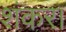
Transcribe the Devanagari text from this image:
शंकर।